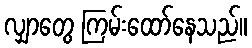
လျှာတွေ ကြမ်းထော်နေသည်။